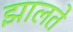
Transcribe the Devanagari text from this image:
झालते